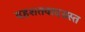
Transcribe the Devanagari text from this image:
दहशतवादग्रस्त